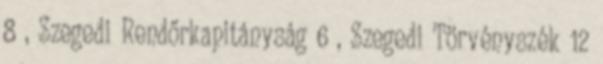
8 , Szegedi Rendőrkapitányság 6 , Szegedi Törvényszék 12